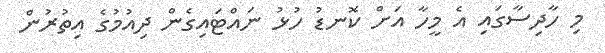
މި ހާދިސާގައި އެ މީހާ އަށް ކޮނޑު ހުޅު ނައްޓައިގެން ދިއުމުގެ އިތުރުން